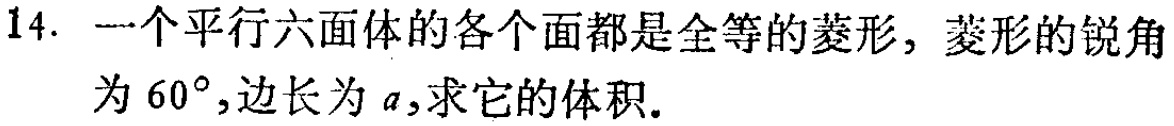
14. 一个平行六面体的各个面都是全等的菱形，菱形的锐角为 \(60^{\circ}\)，边长为 \(a\)，求它的体积。